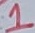
Text: 1